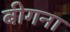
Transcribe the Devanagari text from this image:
बीगना